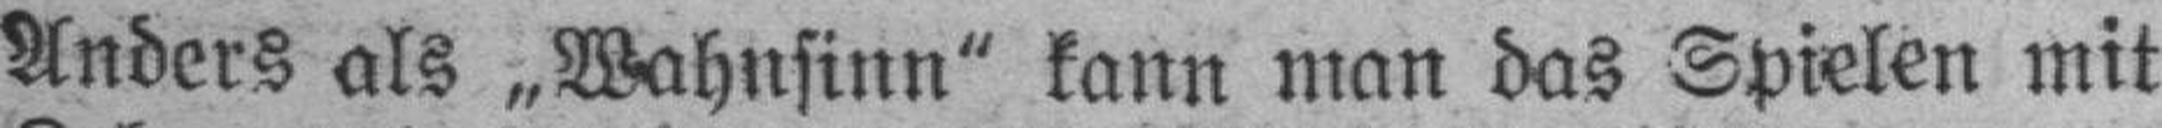
Anders als „Wahnsinn“ kann man das Spielen mit